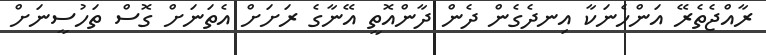
ރާއްޖެތެރޭ އަންހެނަކާ އިނދެގެން ދެން ދާންއޮތީ އޭނާގެ ރަށަށް އެތަނަށް ގޮސް ތަހުސީނަށް